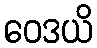
ဝေဒယိ